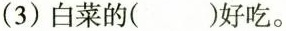
（3） 白菜的（）好吃。